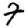
Digit: 7